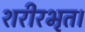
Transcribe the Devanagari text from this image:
शरीरभृत।